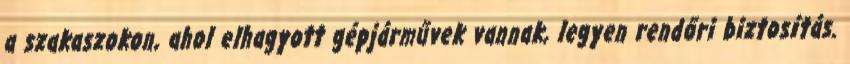
a szakaszokon, ahol elhagyott gépjárművek vannak, legyen rendőri biztosítás.